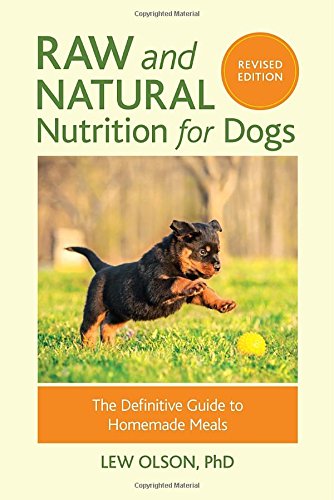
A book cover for Raw and Natural Nutrition for Dogs, Revised: The Definitive Guide to Homemade Meals; Lew Olson; Cookbooks, Food & Wine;